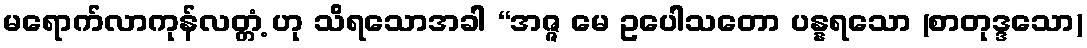
မရောက်လာကုန်လတ္တံ့ ဟု သိရသောအခါ “အဇ္ဇ မေ ဥပေါသတော ပန္နရသော (စာတုဒ္ဒသော)